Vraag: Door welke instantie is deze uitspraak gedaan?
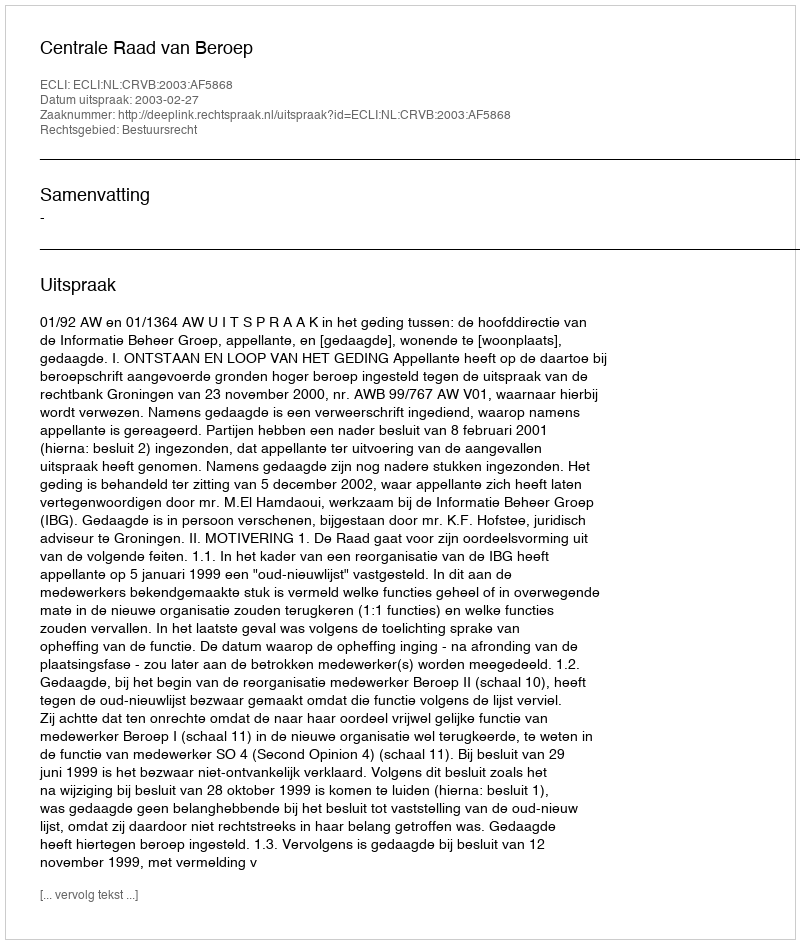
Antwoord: Centrale Raad van Beroep